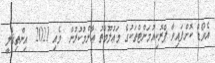
އެވޯޑް ކޮށްފައިވާ ޕްރޮކިއުމަންޓްތަކުގެ މަޢުލޫމާތު ޢާންމުކުރުން  މެއި 2021  އިންތިޤާލީ